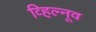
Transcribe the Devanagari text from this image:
व्हिल्नूव